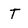
Character: T